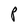
Character: P